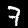
Digit: 7